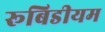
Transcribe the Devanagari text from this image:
रूबिडीयम